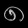
Digit: ၈